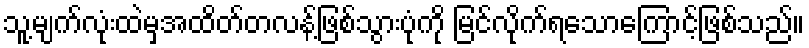
သူ့မျက်လုံးထဲမှအထိတ်တလန့်ဖြစ်သွားပုံကို မြင်လိုက်ရသောကြောင့်ဖြစ်သည်။